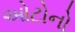
ઓટોનો